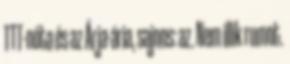
TTT-nóta és az Árja-ária, sajnos: az. Nem illik rumot.